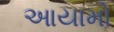
આયામો